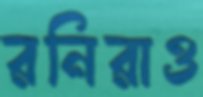
রনিরাও